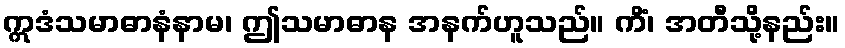
ဣဒံသမာဓာနံနာမ၊ ဤသမာဓာန အနက်ဟူသည်။ ကိံ၊ အတီသို့နည်း။